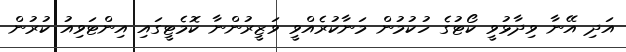
އަދި އޭނާ ވިދާޅުވީ ކޯޓުގެ ހުކުމުން މަނާކުރެއްވީ ވަޒީރުންނާ ކޮމެޓީގައި އިންޓަވިއު ކުރުން